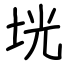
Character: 垙